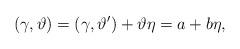
LaTeX: \begin{align*}(\gamma,\vartheta)=(\gamma,\vartheta')+\vartheta\eta=a+b\eta,\end{align*}